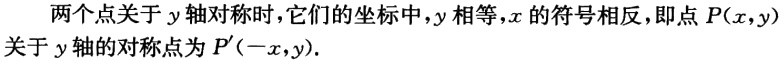
两个点关于 \(y\) 轴对称时，它们的坐标中，\(y\) 相等，\(x\) 的符号相反，即点 \(P(x,y)\) 关于 \(y\) 轴的对称点为 \(P'(-x,y)\)。